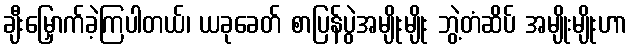
ချီးမြှောက်ခဲ့ကြပါတယ်၊ ယခုခေတ် စာပြန်ပွဲအမျိုးမျိုး ဘွဲ့တံဆိပ် အမျိုးမျိုးဟာ